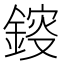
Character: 䤹